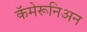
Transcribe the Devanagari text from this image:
कॅमेरूनिअन